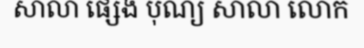
សាលា ផ្សេង បុណ្យ សាលា លោក